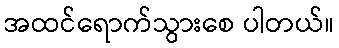
အထင်ရောက်သွားစေ ပါတယ်။